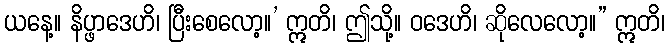
ယနေ့။ နိပ္ဖာဒေဟိ၊ ပြီးစေလော့။’ ဣတိ၊ ဤသို့။ ဝဒေဟိ၊ ဆိုလေလော့။” ဣတိ၊